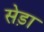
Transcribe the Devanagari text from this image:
सेड़ा